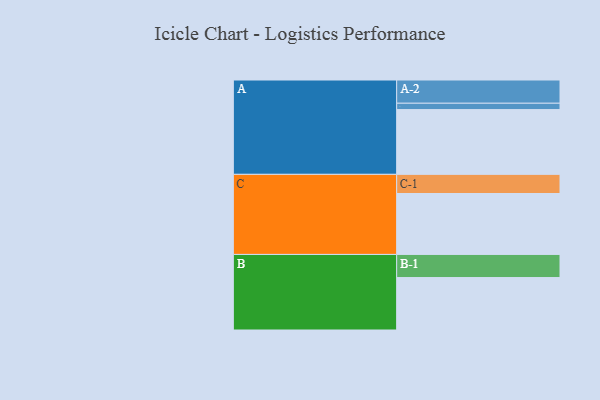
{"axis": {"x": "Segment", "y": "Value"}, "legend": ["", "A", "B", "C"], "data": [{"x": "A", "y": 572, "type": ""}, {"x": "B", "y": 463, "type": ""}, {"x": "C", "y": 538, "type": ""}, {"x": "A-1", "y": 56, "type": "A"}, {"x": "A-2", "y": 205, "type": "A"}, {"x": "B-1", "y": 204, "type": "B"}, {"x": "C-1", "y": 169, "type": "C"}]}